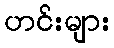
ဟင်းများ